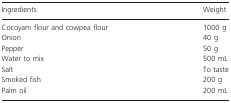
| Ingredients | Weight |
 | --- | --- |
 | Cocoyam flour and cowpea flour | 1000 g |
 | Onion | 40 g |
 | Pepper | 50 g |
 | Water to mix | 500 mL |
 | Salt | To taste |
 | Smoked fish | 200 g |
 | Palm oil | 200 mL |